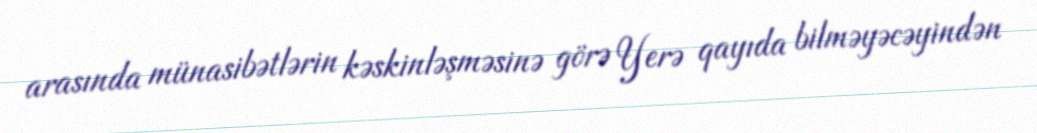
arasında münasibətlərin kəskinləşməsinə görə Yerə qayıda bilməyəcəyindən